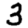
Digit: 3